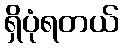
ရှိပုံရတယ်